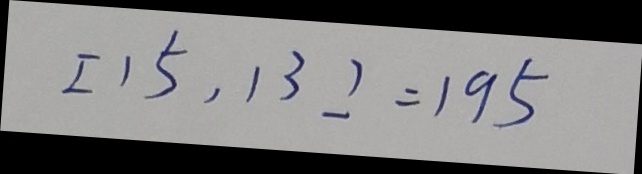
[ 1 5 , 1 3 ] = 1 9 5